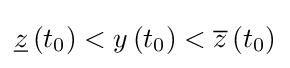
{\underline {z}}\left(t_{0}\right)<y\left(t_{0}\right)<{\overline {z}}\left(t_{0}\right)